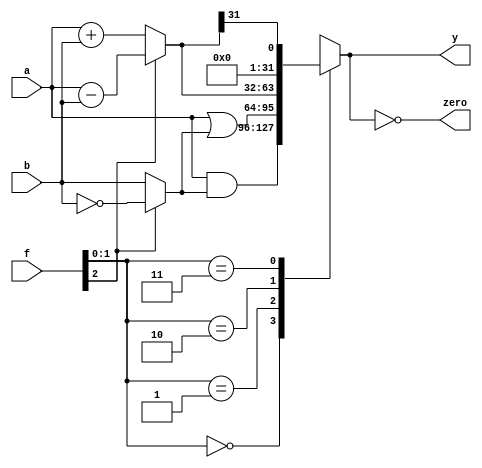
`timescale 1ns / 1ps
//////////////////////////////////////////////////////////////////////////////////
// Company: 
// Engineer: 
// 
// Design Name: 
// Module Name: alu
// Project Name: 
// Target Devices: 
// Tool Versions: 
// Description: 
// 
// Dependencies: 
// 
// Revision:
// Revision 0.01 - File Created
// Additional Comments:
// 
//////////////////////////////////////////////////////////////////////////////////


module alu(
    input [31:0] a,b,
    input [2:0] f,
    output [31:0] y,
    output zero
);

wire [31:0] not_b;
wire [31:0] bb;
wire [31:0] s;
reg [31:0] out;

assign not_b = ~b;
assign bb = f[2]? not_b: b;
assign s = f[2]? a-b: a+b;

always @(*)
    begin
        case(f[1:0])
        2'b00: //  Logical AND 
           out = a & bb;
        2'b01: //  Logical OR
           out = a | bb;   
        2'b10: // Addition or Subtraction
           out = s ; 
        2'b11: // SLT
           out = {31'b0, s[31]};
        default: out = 32'b0; 
        endcase
    end

assign y = out;
assign zero = (out == 32'b0);

endmodule